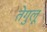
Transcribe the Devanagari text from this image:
तेगुलू